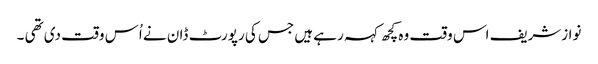
نوازشریف اس وقت وہ کچھ کہہ رہے ہیں جس کی رپورٹ ڈان نے اُس وقت دی تھی ۔